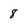
Character: 8